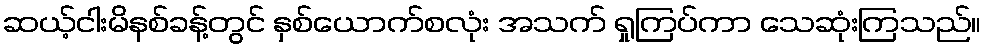
ဆယ့်ငါးမိနစ်ခန့်တွင် နှစ်ယောက်စလုံး အသက် ရှုကြပ်ကာ သေဆုံးကြသည်။